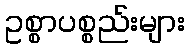
ဥစ္စာပစ္စည်းများ